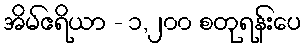
အိမ်ဧရိယာ - ၁,၂၀၀ စတုရန်းပေ